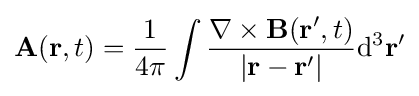
\mathbf {A} (\mathbf {r} ,t)={\dfrac {1}{4\pi }}\int {\dfrac {\nabla \times \mathbf {B} (\mathbf {r} ',t)}{|\mathbf {r} -\mathbf {r} '|}}\mathrm {d} ^{3}\mathbf {r} '